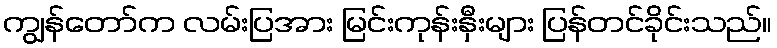
ကျွန်တော်က လမ်းပြအား မြင်းကုန်းနှီးများ ပြန်တင်ခိုင်းသည်။